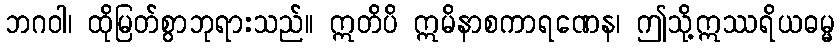
ဘဂဝါ၊ ထိုမြတ်စွာဘုရားသည်။ ဣတိပိ ဣမိနာစကာရဏေန၊ ဤသို့ဣဿရိယဓမ္မ